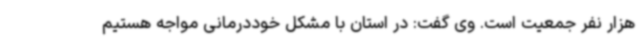
هزار نفر جمعیت است. وی گفت: در استان با مشکل خوددرمانی مواجه هستیم